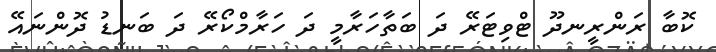
ކޮބާ ރަންރީނދޫ ޓްވިޓަރޭ ދަ ބަތާހަރާމީ ދަ ހަރާމްކޯރޭ ދަ ބަނޑު ދޮންނައޭ